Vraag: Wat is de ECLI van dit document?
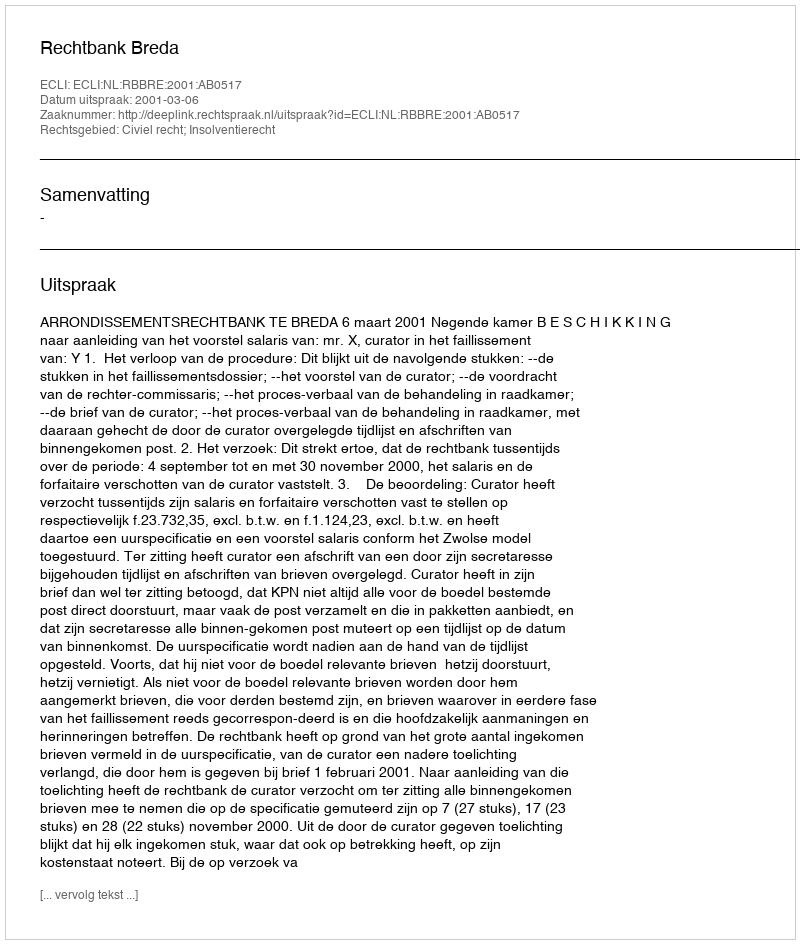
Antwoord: ECLI:NL:RBBRE:2001:AB0517